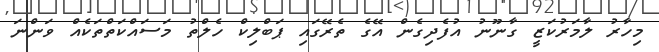
މިހާރު ލާމަރުކަޒީ ގާނޫނު އުފެދިގެން އޭގެ ތެރޭގައި ޕަބްލިކް ހެލްތު މަސައްކަތްތަކެއް ވަންނަ